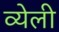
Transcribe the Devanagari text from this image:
व्येली